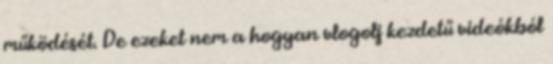
működését. De ezeket nem a hogyan vlogolj kezdetű videókból